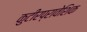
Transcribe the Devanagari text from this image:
कुटीरप्रावेशिक